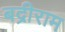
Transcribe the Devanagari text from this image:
बद्रीराम